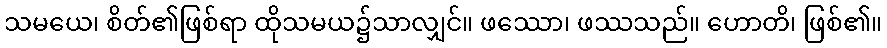
သမယေ၊ စိတ်၏ဖြစ်ရာ ထိုသမယ၌သာလျှင်။ ဖဿော၊ ဖဿသည်။ ဟောတိ၊ ဖြစ်၏။